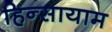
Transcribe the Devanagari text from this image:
हिन्सायाम